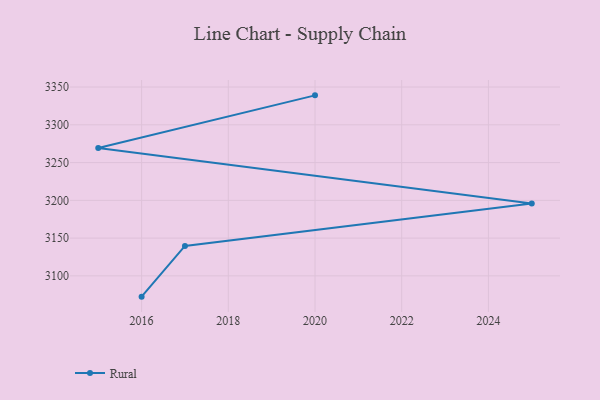
{"axis": {"x": "Year", "y": "Demand Index"}, "legend": ["Rural"], "data": [{"x": "2020", "y": 3339.0, "type": "Rural"}, {"x": "2015", "y": 3269.3, "type": "Rural"}, {"x": "2025", "y": 3195.8, "type": "Rural"}, {"x": "2017", "y": 3139.6, "type": "Rural"}, {"x": "2016", "y": 3072.5, "type": "Rural"}]}